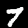
Digit: 7